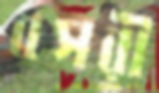
বসরী